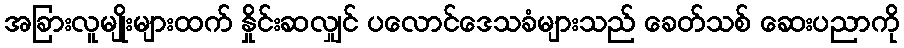
အခြားလူမျိုးများထက် နှိုင်းဆလျှင် ပလောင်ဒေသခံများသည် ခေတ်သစ် ဆေးပညာကို